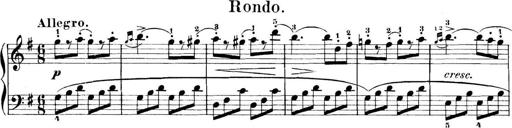
Title: 11 Sonatinas
Composer: Anton Diabelli